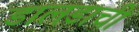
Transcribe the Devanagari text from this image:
डालडाची